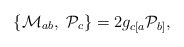
\begin{align*}\{{\cal M}_{ab},\ {\cal P}_{c}\}=2g_{c[a}{\cal P}_{b]},\end{align*}